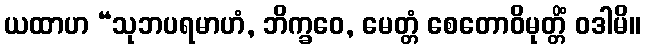
ယထာဟ “သုဘပရမာဟံ, ဘိက္ခဝေ, မေတ္တံ စေတောဝိမုတ္တိံ ဝဒါမိ။